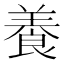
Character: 養